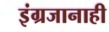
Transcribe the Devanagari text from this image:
इंग्रजानाही